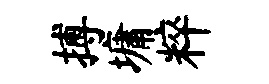
搏墉粹